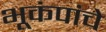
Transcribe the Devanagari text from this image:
भूकंपांचे